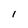
Character: I